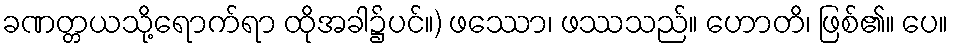
ခဏတ္တယသို့ရောက်ရာ ထိုအခါ၌ပင်။) ဖဿော၊ ဖဿသည်။ ဟောတိ၊ ဖြစ်၏။ ပေ။